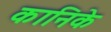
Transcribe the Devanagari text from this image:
कानिके